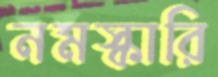
নমস্কারি